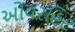
ઓવરહિટ